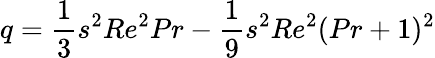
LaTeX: q=\frac{1}{3}s^{2}Re^{2}Pr-\frac{1}{9}s^{2}Re^{2}(Pr+1)^{2}